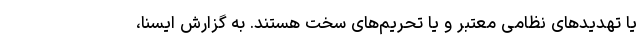
یا تهدیدهای نظامی معتبر و یا تحریم‌های سخت هستند. به گزارش ایسنا،